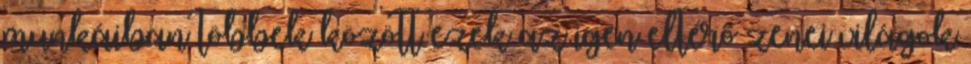
munkáiban többek között ezek az igen eltérő zenei világok